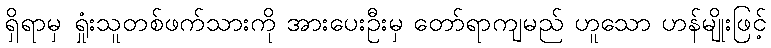
ရှိရာမှ ရှုံးသူတစ်ဖက်သားကို အားပေးဦးမှ တော်ရာကျမည် ဟူသော ဟန်မျိုးဖြင့်